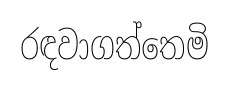
රඳවාගත්තෙමි